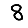
Digit: 8